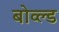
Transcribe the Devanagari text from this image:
बोव्ल्ड